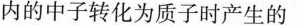
内的中子转化为质子时产生的